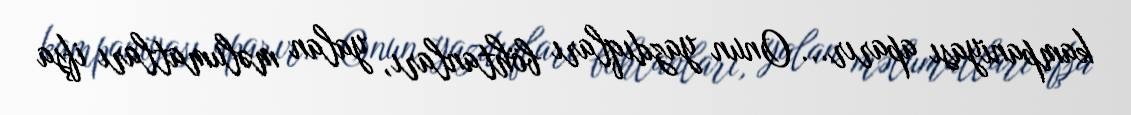
kampaniyası aparır... Onun yazdıqları böhtanları, yalan məlumatları ifşa